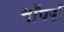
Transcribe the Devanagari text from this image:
चाॅपर्स